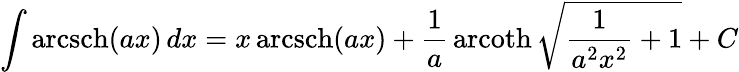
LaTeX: \int\operatorname{arcsch}(ax)\, dx=x\operatorname{arcsch}(ax)+{\frac{1}{a}}\operatorname{arcoth}{\sqrt{{\frac{1}{a^{2}x^{2}}}+1}}+C